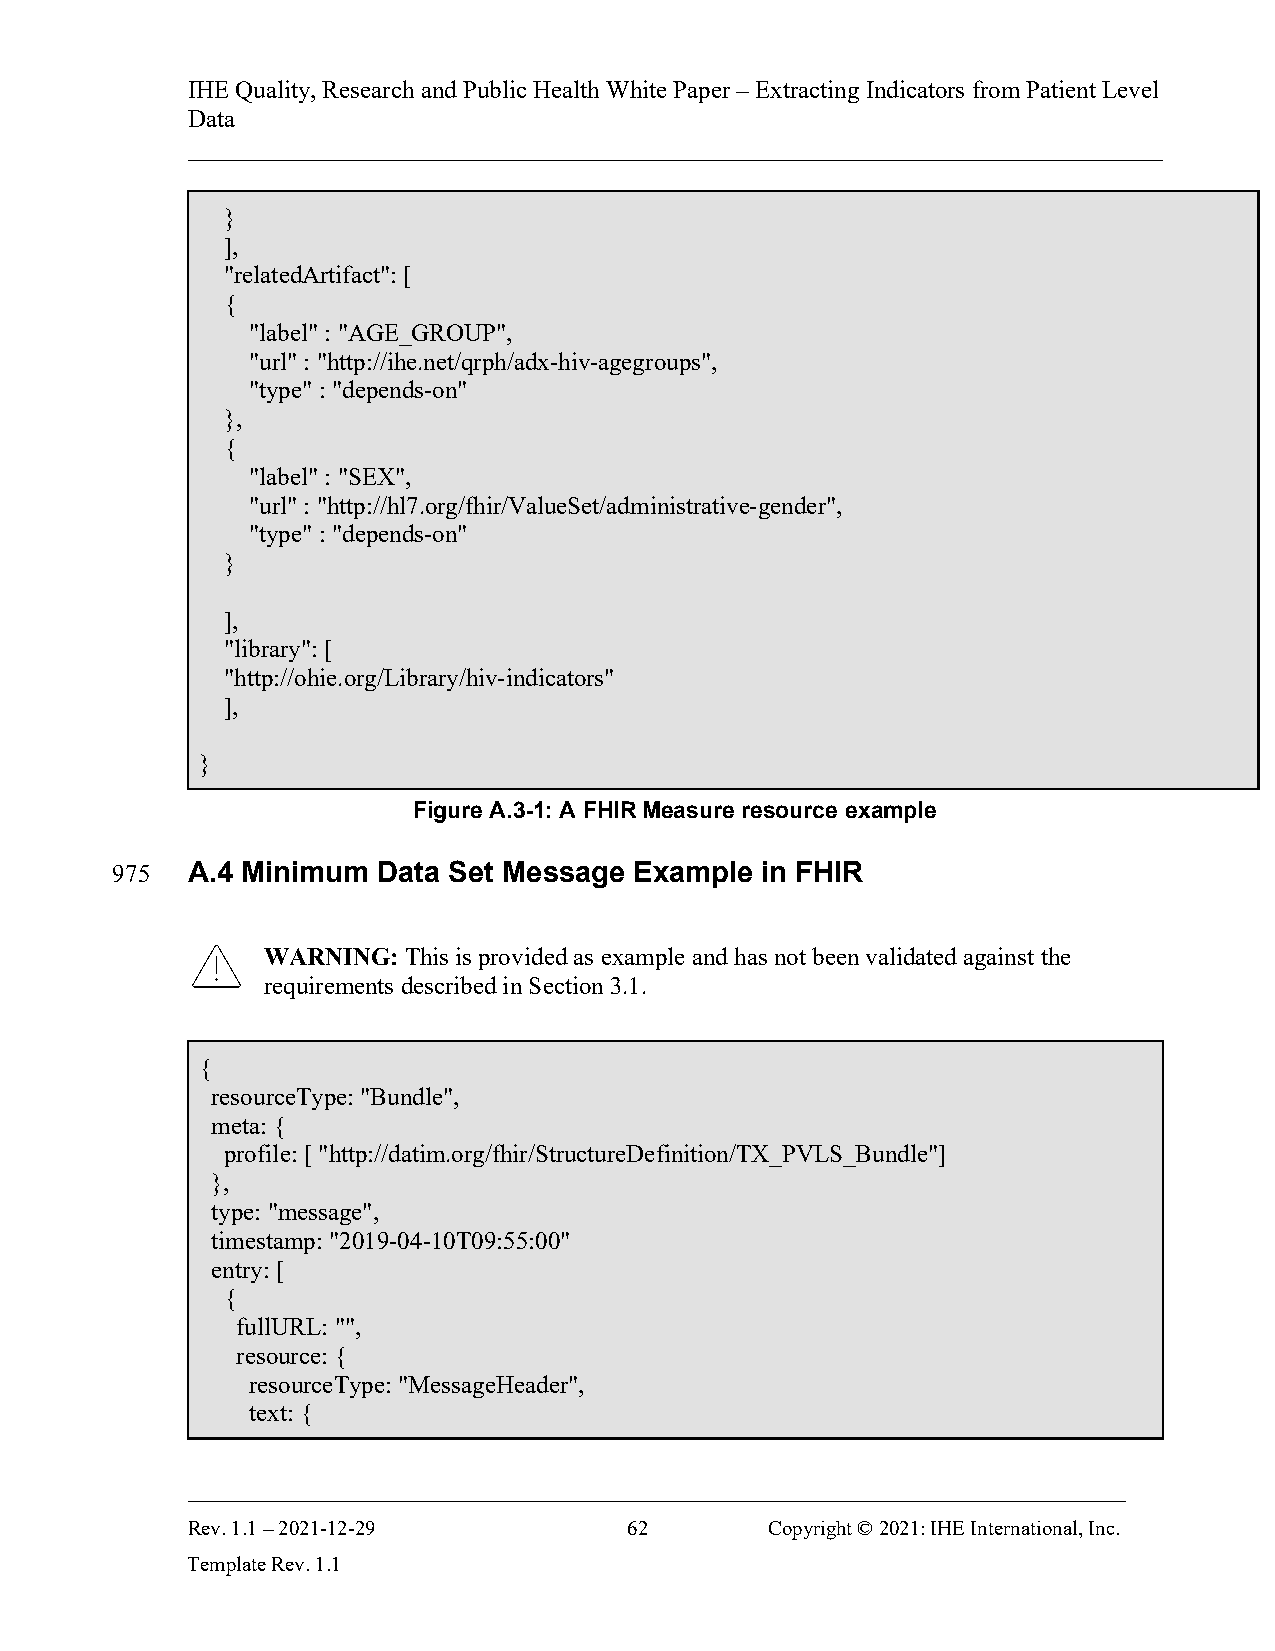
IHE Quality, Research and Public Health White Paper – Extracting Indicators from Patient Level
 Data
 ______________________________________________________________________________
 }
 ],
 "relatedArtifact": [
 {
 "label" : "AGE_GROUP",
 "url" : "http://ihe.net/qrph/adx-hiv-agegroups",
 "type" : "depends-on"
 },
 {
 "label" : "SEX",
 "url" : "http://hl7.org/fhir/ValueSet/administrative-gender",
 "type" : "depends-on"
 }
 ],
 "library": [
 "http://ohie.org/Library/hiv-indicators"
 ],
 }
 Figure A.3-1: A FHIR Measure resource example
 975  A.4 Minimum  Data Set Message Example in FHIR
 WARNING:  This is provided as example and has not been validated against the
 requirements described in Section 3.1.
 {
 resourceType: "Bundle",
 meta: {
 profile: [ "http://datim.org/fhir/StructureDefinition/TX_PVLS_Bundle"]
 },
 type: "message",
 timestamp: "2019-04-10T09:55:00"
 entry: [
 {
 fullURL: "",
 resource: {
 resourceType: "MessageHeader",
 text: {
 ___________________________________________________________________________
 Rev. 1.1 – 2021-12-29         62       Copyright © 2021: IHE International, Inc.
 Template Rev. 1.1